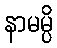
နာမမ္ပိ